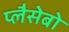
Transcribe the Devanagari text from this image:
प्लैसेबो